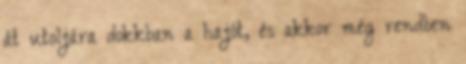
át utoljára dokkban a hajót, és akkor még rendben